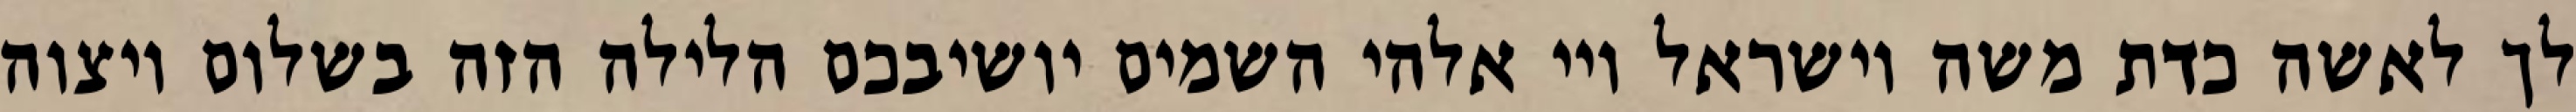
לך לאשה כדת משה וישראל ויי אלהי השמים יושיבכם הלילה הזה בשלום ויצוה